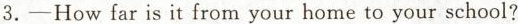
3.-How far is it from your home to your school?